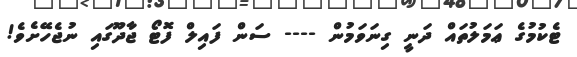
ޓެކުމުގެ ޢަމަލުތައް ދަނީ ގިނަވަމުން ---- ސަން ފައިލް ފޮޓޯ ޖާދޫގައި ނުޖެހޭށެވެ!